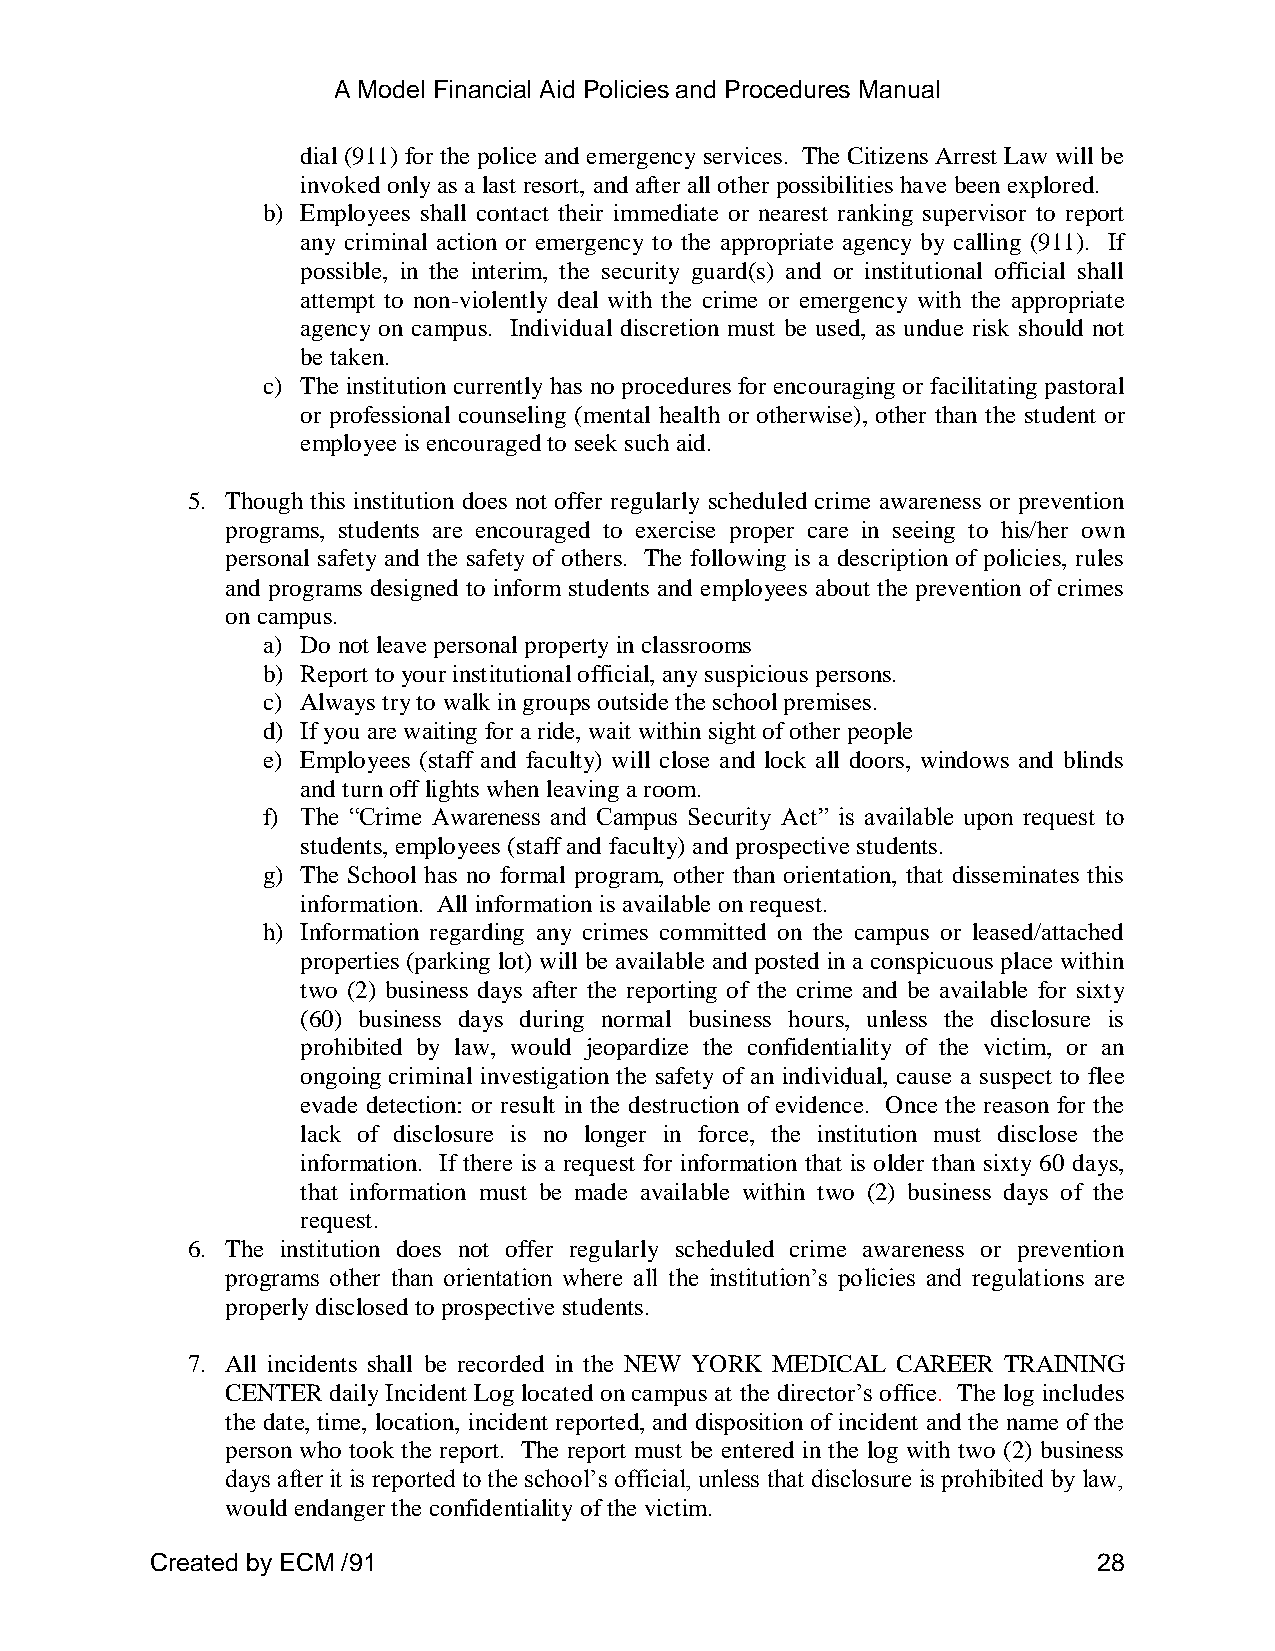
A Model Financial Aid Policies and Procedures Manual
 dial (911) for the police and emergency services. The Citizens Arrest Law will be
 invoked only as a last resort, and after all other possibilities have been explored.
 b) Employees shall contact their immediate or nearest ranking supervisor to report
 any criminal action or emergency to the appropriate agency by calling (911). If
 possible, in the interim, the security guard(s) and or institutional official shall
 attempt to non-violently deal with the crime or emergency with the appropriate
 agency on campus. Individual discretion must be used, as undue risk should not
 be taken.
 c) The institution currently has no procedures for encouraging or facilitating pastoral
 or professional counseling (mental health or otherwise), other than the student or
 employee is encouraged to seek such aid.
 5. Though this institution does not offer regularly scheduled crime awareness or prevention
 programs, students are encouraged to exercise proper care in seeing to his/her own
 personal safety and the safety of others. The following is a description of policies, rules
 and programs designed to inform students and employees about the prevention of crimes
 on campus.
 a) Do not leave personal property in classrooms
 b) Report to your institutional official, any suspicious persons.
 c) Always try to walk in groups outside the school premises.
 d) If you are waiting for a ride, wait within sight of other people
 e) Employees (staff and faculty) will close and lock all doors, windows and blinds
 and turn off lights when leaving a room.
 f) The “Crime Awareness and Campus Security Act” is available upon request to
 students, employees (staff and faculty) and prospective students.
 g) The School has no formal program, other than orientation, that disseminates this
 information. All information is available on request.
 h) Information regarding any crimes committed on the campus or leased/attached
 properties (parking lot) will be available and posted in a conspicuous place within
 two (2) business days after the reporting of the crime and be available for sixty
 (60) business days during normal business hours, unless the disclosure is
 prohibited by law, would jeopardize the confidentiality of the victim, or an
 ongoing criminal investigation the safety of an individual, cause a suspect to flee
 evade detection: or result in the destruction of evidence. Once the reason for the
 lack of disclosure is no longer in force, the institution must disclose the
 information. If there is a request for information that is older than sixty 60 days,
 that information must be made available within two (2) business days of the
 request.
 6. The institution does not offer regularly scheduled crime awareness or prevention
 programs other than orientation where all the institution’s policies and regulations are
 properly disclosed to prospective students.
 7. All incidents shall be recorded in the NEW YORK MEDICAL CAREER TRAINING
 CENTER daily Incident Log located on campus at the director’s office. The log includes
 the date, time, location, incident reported, and disposition of incident and the name of the
 person who took the report. The report must be entered in the log with two (2) business
 days after it is reported to the school’s official, unless that disclosure is prohibited by law,
 would endanger the confidentiality of the victim.
 Created by ECM /91                                             28